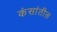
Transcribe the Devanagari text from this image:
कंसांतील